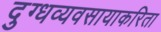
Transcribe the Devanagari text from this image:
दुग्धव्यवसायाकरिता